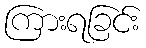
ကြားရခြင်း